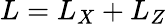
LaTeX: L=L_{X}+L_{Z}